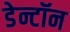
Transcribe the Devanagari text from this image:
डेन्टॉन